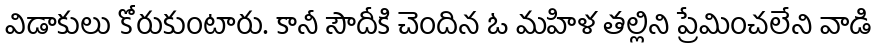
విడాకులు కోరుకుంటారు. కానీ సౌదీకి చెందిన ఓ మహిళ తల్లిని ప్రేమించలేని వాడి